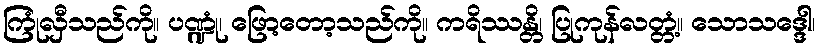
ကြုံလှီသည်ကို။ ပဏ္ဍုံ၊ ဖြော့တော့သည်ကို။ ကရိဿန္တိ၊ ပြုကုန်လတ္တံ့။ သောသဒ္ဒေါ၊